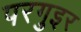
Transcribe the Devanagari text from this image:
परगुइर